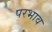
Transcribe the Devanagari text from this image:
परभाव